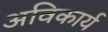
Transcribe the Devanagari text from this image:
अविकार्य